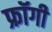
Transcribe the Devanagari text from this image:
फ्रॉगी